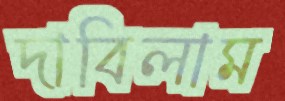
দাবিলাম